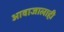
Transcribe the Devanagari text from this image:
आवाजालाही